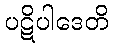
ပဋိပါဒေတိ